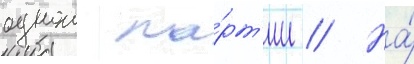
однои па́рт'ии // На́